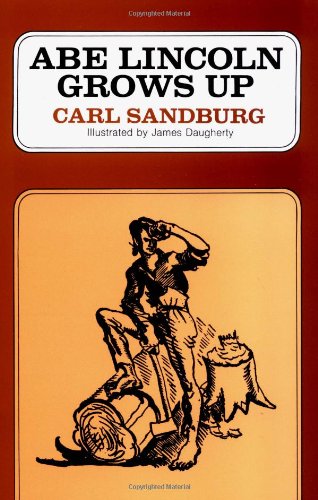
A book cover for Abe Lincoln Grows Up; Carl Sandburg; Teen & Young Adult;